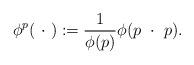
LaTeX: \begin{align*}\phi^p(\ \cdot\ ) := \frac{1}{\phi(p)} \phi(p\ \cdot\ p).\end{align*}